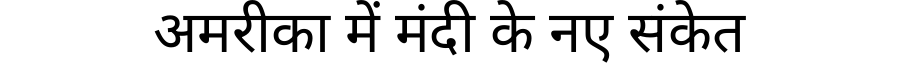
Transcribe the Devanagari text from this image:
अमरीका में मंदी के नए संकेत